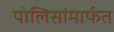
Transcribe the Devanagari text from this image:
पोलिसांमार्फत